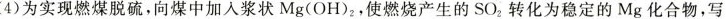
(4)为实现燃煤脱硫，向煤中加入浆状 Mg(OH)_{2},使燃烧产生的SO_{2}转化为稳定的Mg化合物，写